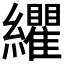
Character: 𮉛